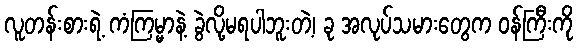
လူတန်းစားရဲ့ ကံကြမ္မာနဲ့ ခွဲလို့မရပါဘူးတဲ့၊ ခု အလုပ်သမားတွေက ဝန်ကြီးကို